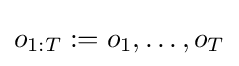
o_{1:T}:=o_{1},\dots ,o_{T}